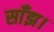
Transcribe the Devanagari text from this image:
साँझ।